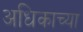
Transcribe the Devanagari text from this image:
अधिकाच्या